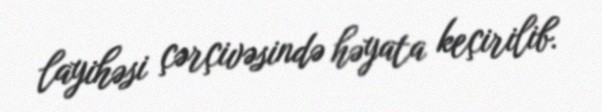
layihəsi çərçivəsində həyata keçirilib.